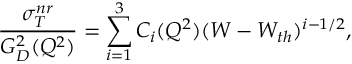
{ \frac { \sigma _ { T } ^ { n r } } { G _ { D } ^ { 2 } ( Q ^ { 2 } ) } } = \sum _ { i = 1 } ^ { 3 } C _ { i } ( Q ^ { 2 } ) ( W - W _ { t h } ) ^ { i - 1 / 2 } ,